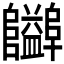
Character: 𱁃